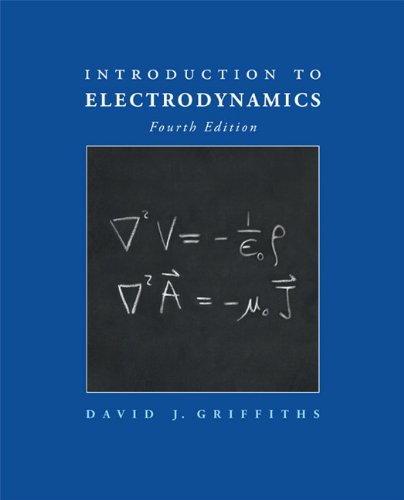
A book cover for Introduction to Electrodynamics (4th Edition); David J. Griffiths; Engineering & Transportation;